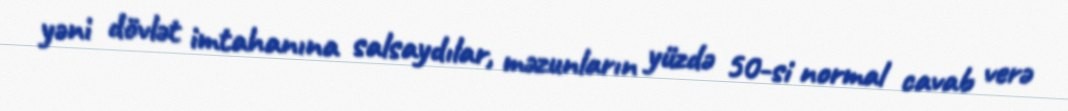
yəni dövlət imtahanına salsaydılar, məzunların yüzdə 50-si normal cavab verə